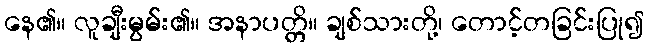
နေ၏။ လူချီးမွမ်း၏။ အနာပတ္တိ။ ချစ်သားတို့၊ တောင့်တခြင်းပြု၍